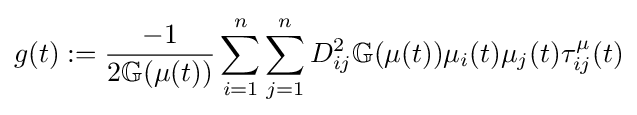
g(t):={\frac {-1}{2\mathbb {G} (\mu (t))}}\sum _{i=1}^{n}\sum _{j=1}^{n}D_{ij}^{2}\mathbb {G} (\mu (t))\mu _{i}(t)\mu _{j}(t)\tau _{ij}^{\mu }(t)